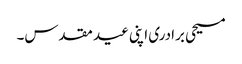
مسیحی برادری اپنی عید مقدس۔